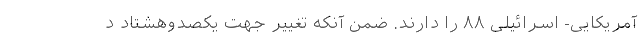
آمریکایی- اسرائیلی ۸۸ را دارند. ضمن آنکه تغییر جهت یکصد‌و‌هشتاد د